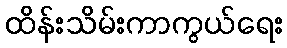
ထိန်းသိမ်းကာကွယ်ရေး